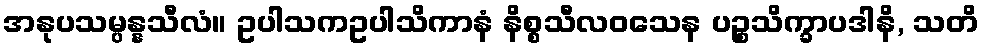
အနုပသမ္ပန္နသီလံ။ ဥပါသကဥပါသိကာနံ နိစ္စသီလဝသေန ပဉ္စသိက္ခာပဒါနိ, သတိ